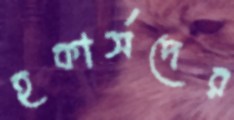
হকার্সদের